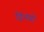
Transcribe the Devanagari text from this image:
ड्रिनगो